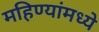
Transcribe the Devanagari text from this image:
महिण्यांमध्ये